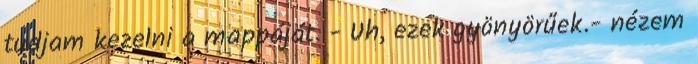
tudjam kezelni a mappáját. - Uh, ezek gyönyörűek.- nézem